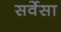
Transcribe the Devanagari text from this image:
सर्वेसा